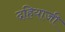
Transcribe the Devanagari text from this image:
दहियाजी